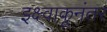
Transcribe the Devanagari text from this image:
इक्ष्वाकूनंतर